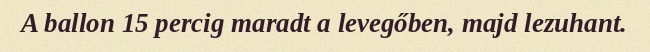
A ballon 15 percig maradt a levegőben, majd lezuhant.